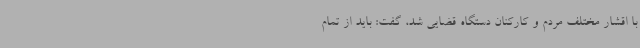
با اقشار مختلف مردم و کارکنان دستگاه قضایی شد، گفت: باید از تمام